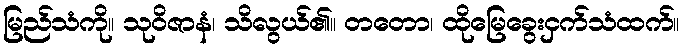
မြည်သံကို။ သုဝိဇာနံ၊ သိလွယ်၏။ တတော၊ ထိုမြေခွေးငှက်သံထက်။